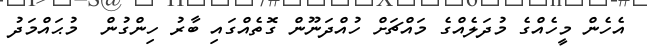
އެހެން މީހެއްގެ މުދަލެއްގެ މައްޗަށް ހުއްދަނޫން ގޮތެއްގައި ބާރު ހިންގުން  މުޙައްމަދު